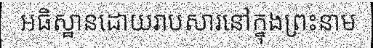
អធិស្ឋានដោយរាបសារនៅក្នុងព្រះនាម